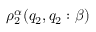
\rho _ { 2 } ^ { \alpha } ( q _ { 2 } , q _ { 2 } : \beta )